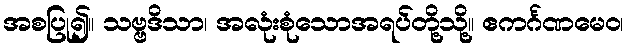
အစပြု၍။ သဗ္ဗဒိသာ၊ အလုံးစုံသောအရပ်တို့သို့။ ဧကင်္ဂဏမေဝ၊